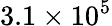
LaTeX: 3.1\times 10^{5}